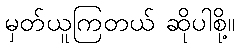
မှတ်ယူကြတယ် ဆိုပါစို့။